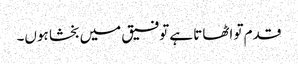
قدم تو اٹھاتا ہے توفیق میں بخشا ہوں۔